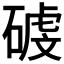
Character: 𥔮